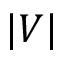
| V |